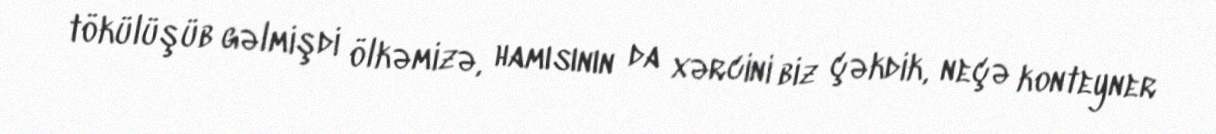
tökülüşüb gəlmişdi ölkəmizə, hamısının da xərcini biz çəkdik, neçə konteyner